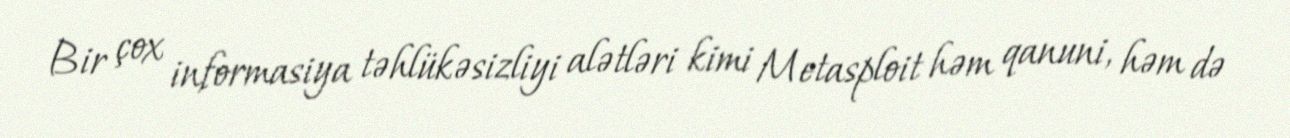
Bir çox informasiya təhlükəsizliyi alətləri kimi Metasploit həm qanuni, həm də